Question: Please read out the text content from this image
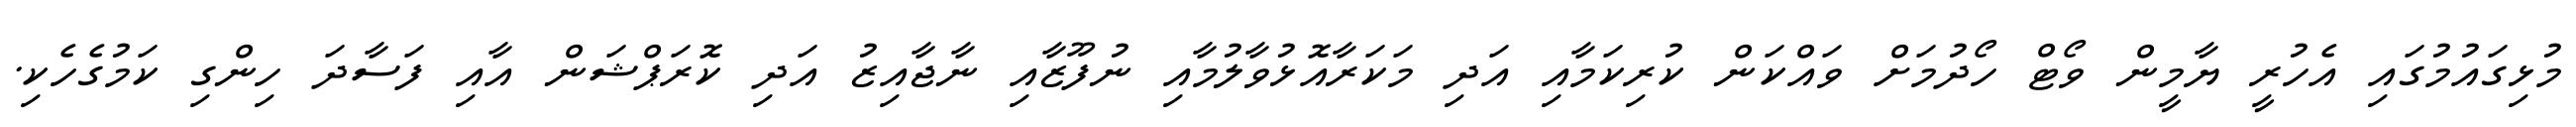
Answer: މުޅިގައުމުގައި އެހުރީ ޔާމީން ވޯޓް ހޯދުމަށް ވައްކަން ކުރިކަމާއި އަދި މަކަރާއޮޅުވާލުމާއި ނުފޫޒާއި ނާޖާއިޒު އަދި ކޮރަޕްޝަން އާއި ފަސާދަ ހިންގި ކަމުގެހެކި.